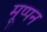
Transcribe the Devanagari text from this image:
मूप्पन